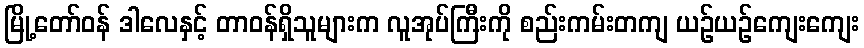
မြို့တော်ဝန် ဒါလေနှင့် တာဝန်ရှိသူများက လူအုပ်ကြီးကို စည်းကမ်းတကျ ယဉ်ယဉ်ကျေးကျေး